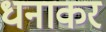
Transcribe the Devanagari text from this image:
धनाकर